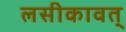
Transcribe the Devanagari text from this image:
लसीकावत्